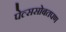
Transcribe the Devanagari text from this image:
पेल्ससोबतपण